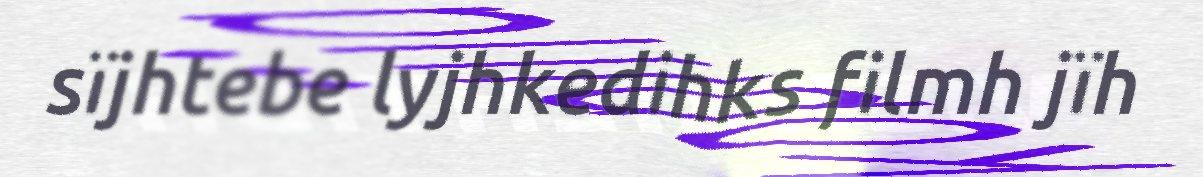
sïjhtebe lyjhkedihks filmh jïh